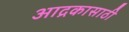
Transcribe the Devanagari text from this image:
आद्रकासाठी